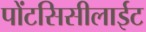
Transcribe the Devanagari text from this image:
पोंटसिसीलाईट